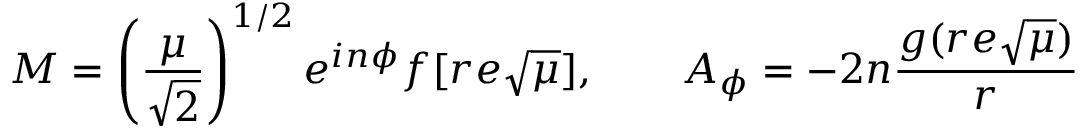
M = \left( \frac { \mu } { \sqrt { 2 } } \right) ^ { 1 / 2 } e ^ { i n \phi } f [ r e \sqrt { \mu } ] , \qquad A _ { \phi } = - 2 n \frac { g ( r e \sqrt { \mu } ) } { r }